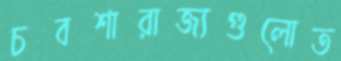
চবশারাজ্যগুলোত